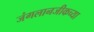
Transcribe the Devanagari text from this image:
जंगलानजीकच्या